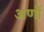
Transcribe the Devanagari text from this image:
अर्णों